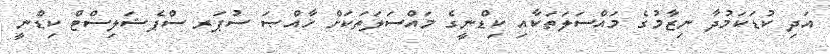
އަދި ކުޑަކަމުދާ ނިޒާމުގެ މައްސަލަތަކާއި ކިޑްނީގެ މައްސަލަތަކަށް ޚާއްޞަ ސުޕަރ ސްޕެޝަލިސްޓް ކިޑްނީ